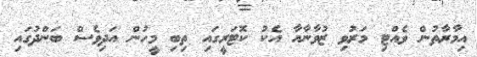
އިމާރާތުން ވެއްޓި މަރުވި ޒުވާނާއާ އެކު ކޮޓަރީގައި ތިބި މީހުން އަދިވެސް ބަންދުގައި